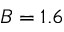
B = 1 . 6